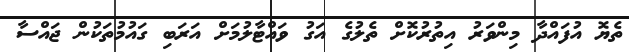
ތެޔޮ އުފައްދާ މިންވަރު އިތުރުކޮށް ތެލުގެ އަގު ވައްޓާލުމަށް އަރަބި ގައުމުތަކުން ޖައްސާ